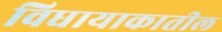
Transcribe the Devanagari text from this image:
विधायाकातील